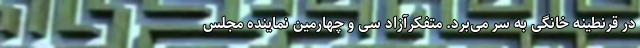
در قرنطینه خانگی به سر می‌برد. متفکرآزاد سی و چهارمین نماینده مجلس